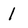
Character: 1